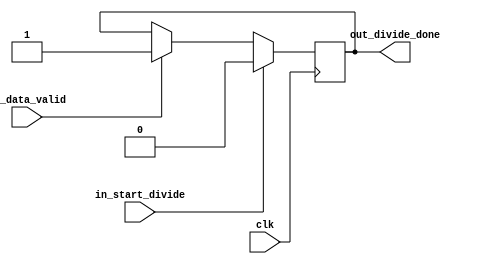
module control_unit (
    input clk,
    input in_start_divide,
    input in_data_valid,
    output reg out_divide_done
);

always @(posedge clk) begin
    if (in_start_divide) begin
        // initiate divide operation
        out_divide_done <= 0;
    end else if (in_data_valid) begin
        // handle timing
        out_divide_done <= 1;
    end
end

endmodule